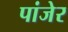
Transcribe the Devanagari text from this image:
पांजेर